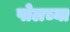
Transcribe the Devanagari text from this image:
पोलच्या